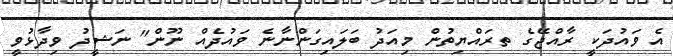
އެ ވައުދަކީ ރާއްޖޭގެ ތރައްޔިތުން މިއަދު ބަލައިގަންނާނެ ވައުދެއް ނޫން" ނަޝީދު ވިދާޅުވީ